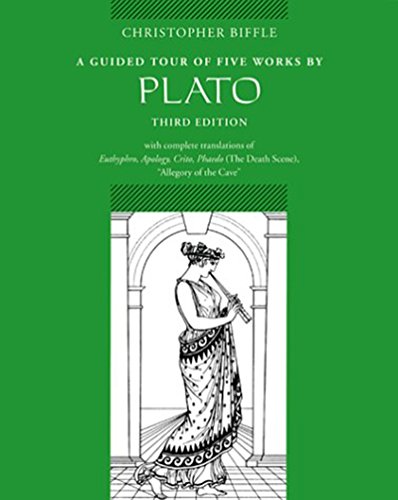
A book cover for A Guided Tour of Five Works by Plato: Euthyphro, Apology, Crito, Phaedo (Death Scene), Allegory of the Cave; Christopher Biffle; Politics & Social Sciences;